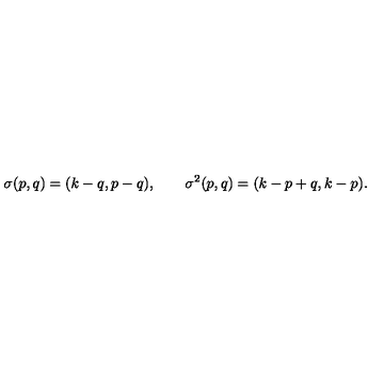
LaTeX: \sigma ( p , q ) = ( k - q , p - q ) , \qquad \sigma ^ { 2 } ( p , q ) = ( k - p + q , k - p ) .